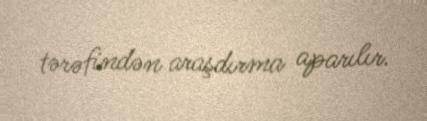
tərəfindən araşdırma aparılır.